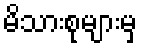
မိသားစုများမှ